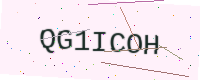
Text: QG1ICOH